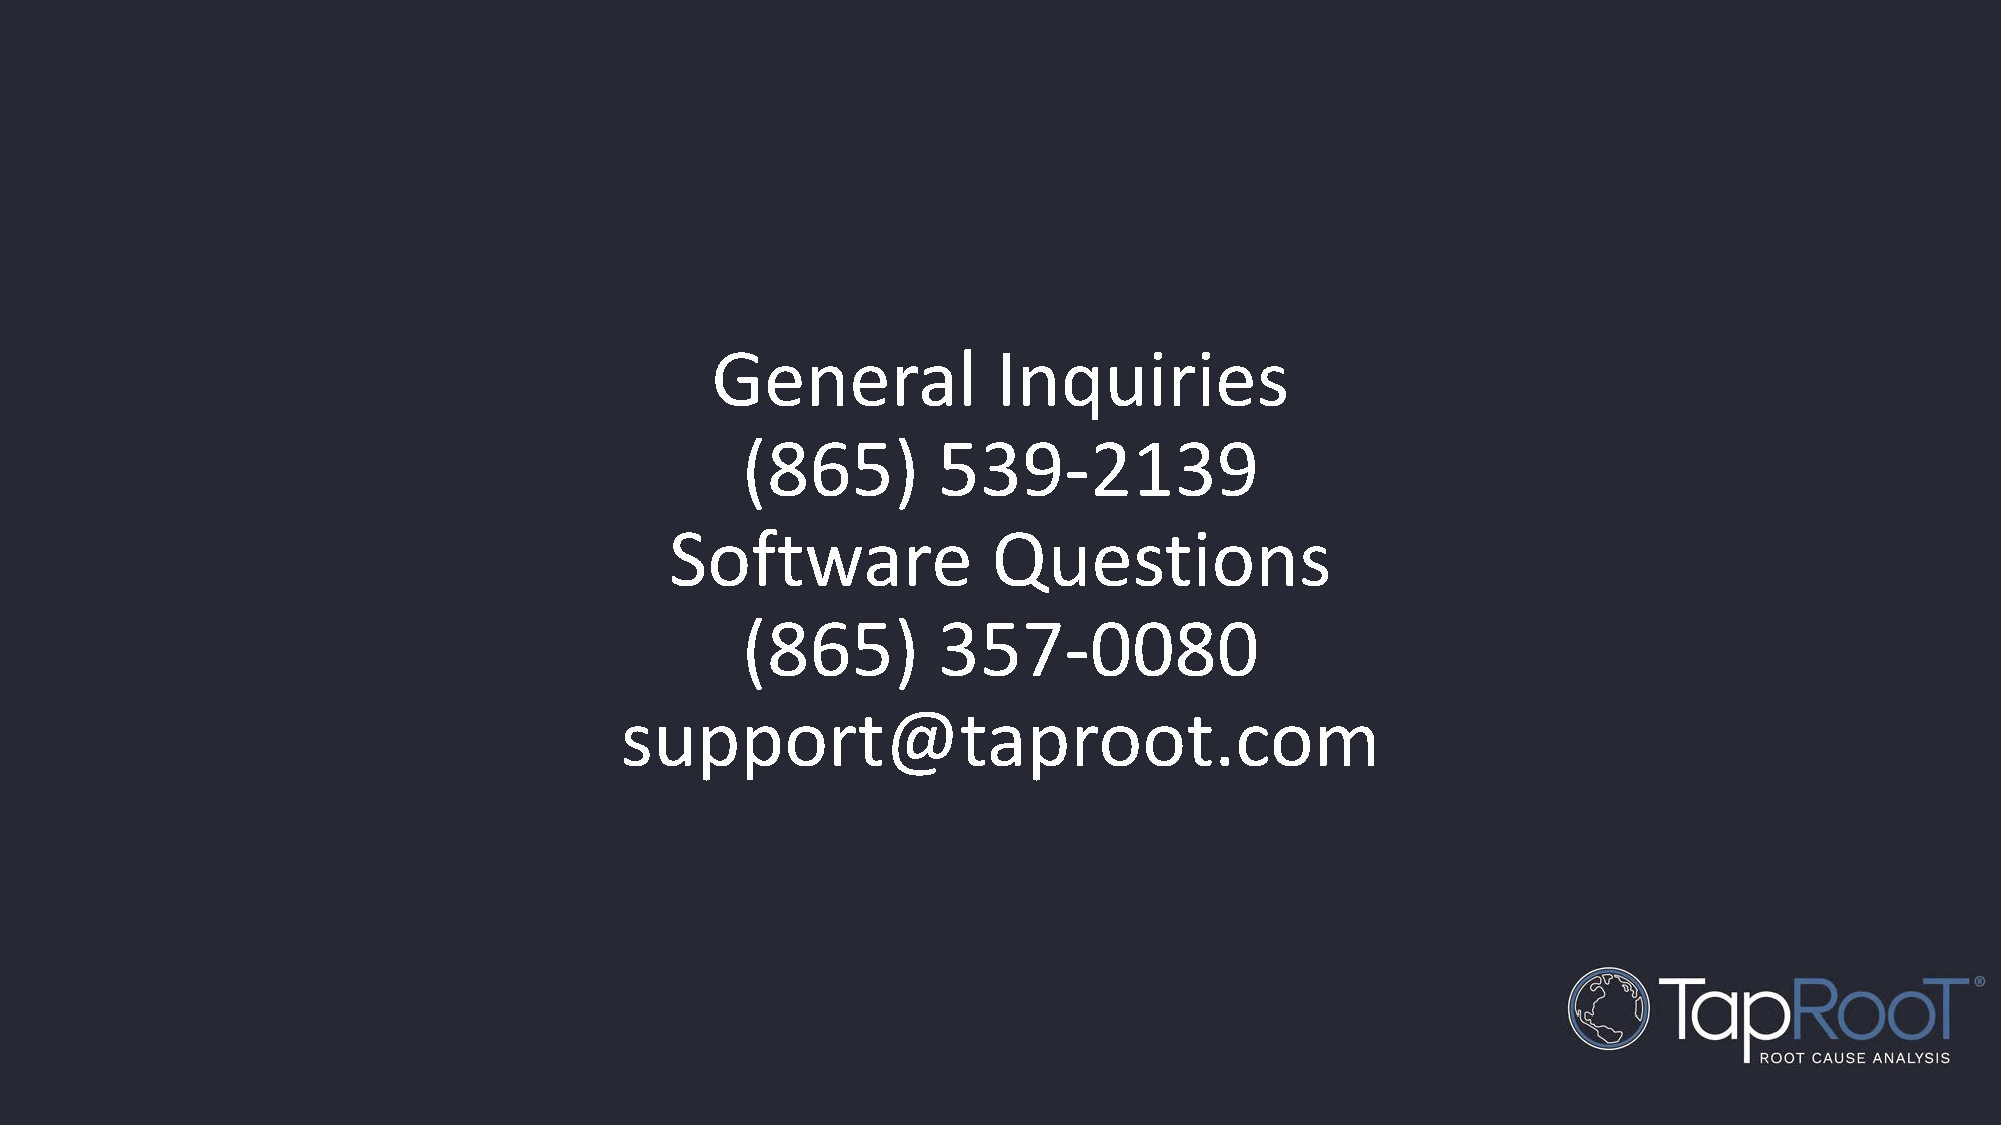
General            Inquiries
 (865)        539-2139
 Software              Questions
 (865)        357-0080
 support@taproot.com